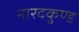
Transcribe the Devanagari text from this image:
नारदकुण्ड